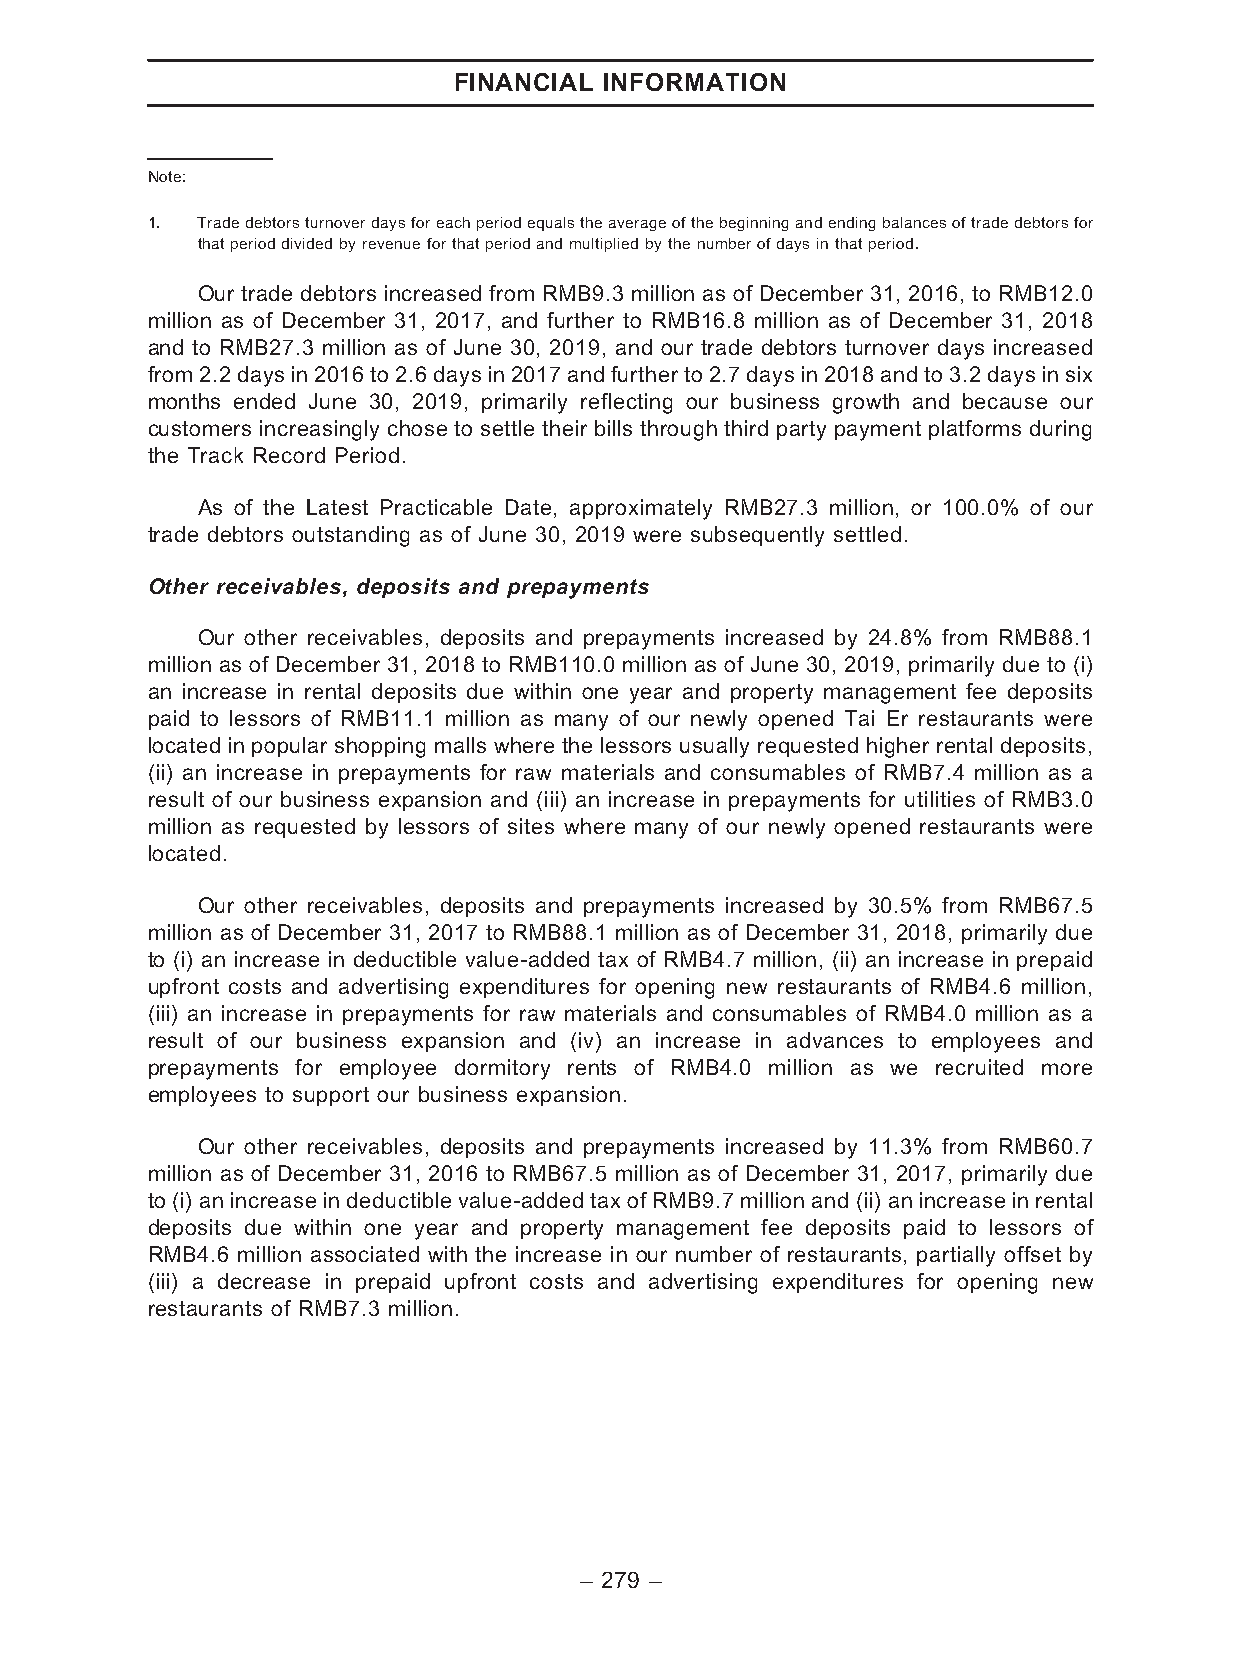
FINANCIAL INFORMATION
 Note:
 1. Tradedebtorsturnoverdaysforeachperiodequalstheaverageofthebeginningandendingbalancesoftradedebtorsfor
 thatperioddividedbyrevenueforthatperiodandmultipliedbythenumberofdaysinthatperiod.
 Our trade debtors increased from RMB9.3 million as of December 31, 2016, to RMB12.0
 million as of December 31, 2017, and further to RMB16.8 million as of December 31, 2018
 and to RMB27.3 million as of June 30, 2019, and our trade debtors turnover days increased
 from2.2daysin2016 to 2.6 daysin2017 and furtherto2.7daysin 2018andto 3.2 daysinsix
 months ended June 30, 2019, primarily reflecting our business growth and because our
 customers increasingly chose to settle their bills through third party payment platforms during
 the Track Record Period.
 As of the Latest Practicable Date, approximately RMB27.3 million, or 100.0% of our
 trade debtors outstanding as of June 30, 2019 were subsequently settled.
 Other receivables, deposits and prepayments
 Our other receivables, deposits and prepayments increased by 24.8% from RMB88.1
 million as of December 31, 2018 to RMB110.0 million as of June 30, 2019, primarily due to (i)
 an increase in rental deposits due within one year and property management fee deposits
 paid to lessors of RMB11.1 million as many of our newly opened Tai Er restaurants were
 located in popular shopping malls where the lessors usually requested higher rental deposits,
 (ii) an increase in prepayments for raw materials and consumables of RMB7.4 million as a
 result of our business expansion and (iii) an increase in prepayments for utilities of RMB3.0
 million as requested by lessors of sites where many of our newly opened restaurants were
 located.
 Our other receivables, deposits and prepayments increased by 30.5% from RMB67.5
 million as of December 31, 2017 to RMB88.1 million as of December 31, 2018, primarily due
 to (i) an increase in deductible value-added tax of RMB4.7 million, (ii) an increase in prepaid
 upfront costs and advertising expenditures for opening new restaurants of RMB4.6 million,
 (iii) an increase in prepayments for raw materials and consumables of RMB4.0 million as a
 result of our business expansion and (iv) an increase in advances to employees and
 prepayments for employee dormitory rents of RMB4.0 million as we recruited more
 employees to support our business expansion.
 Our other receivables, deposits and prepayments increased by 11.3% from RMB60.7
 million as of December 31, 2016 to RMB67.5 million as of December 31, 2017, primarily due
 to (i) an increase in deductible value-added taxof RMB9.7 million and (ii) an increase in rental
 deposits due within one year and property management fee deposits paid to lessors of
 RMB4.6 million associated with the increase in our number of restaurants, partially offset by
 (iii) a decrease in prepaid upfront costs and advertising expenditures for opening new
 restaurants of RMB7.3 million.
 – 279 –